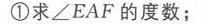
解得\(t = 2\)